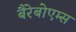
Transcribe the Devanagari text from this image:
बैरेबोएम्स